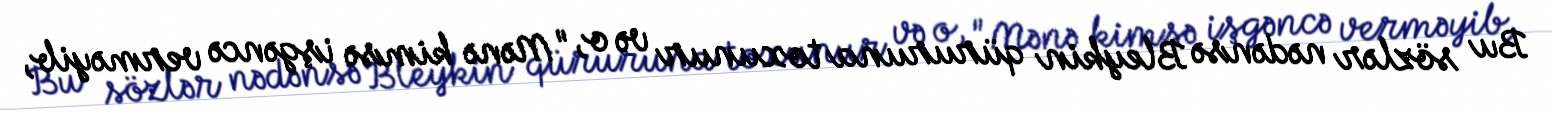
Bu sözlər nədənsə Bleykin qüruruna toxunur və o, "Mənə kimsə işgəncə verməyib,